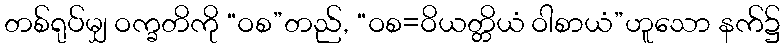
တစ်ရုပ်မျှ ဝက္ခတိကို “ဝစ”တည်, “ဝစ=ဝိယတ္တိယံ ဝါစာယံ”ဟူသော နက်၌